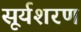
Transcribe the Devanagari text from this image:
सूर्यशरण